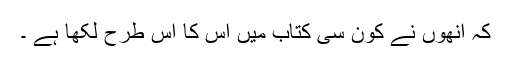
کہ انھوں نے کون سی کتاب میں اس کا اس طرح لکھا ہے ۔